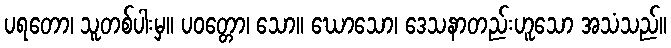
ပရတော၊ သူတစ်ပါးမှ။ ပဝတ္တော၊ သော။ ဃောသော၊ ဒေသနာတည်းဟူသော အသံသည်။